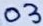
Text: 03